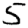
Digit: 5